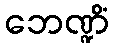
ဘေဏ္ဍိံ